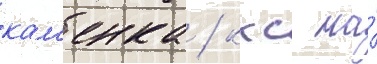
кам'енка / ккс на́